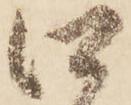
口